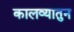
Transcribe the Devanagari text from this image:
कालव्यातुन